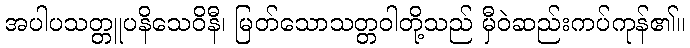
အပါပသတ္တူပနိသေဝိနီ၊ မြတ်သောသတ္တဝါတို့သည် မှီဝဲဆည်းကပ်ကုန်၏။